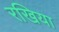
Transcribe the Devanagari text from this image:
रखिया